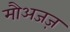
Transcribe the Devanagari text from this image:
मौअजज़